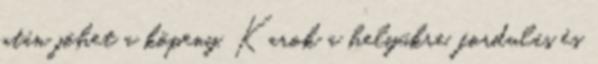
után jöhet a köpeny. Karok a helyükre, fordulás és